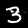
Label: 3